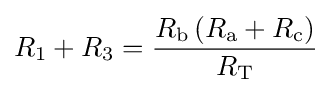
R_{1}+R_{3}={\frac {R_{\text{b}}\left(R_{\text{a}}+R_{\text{c}}\right)}{R_{\text{T}}}}